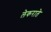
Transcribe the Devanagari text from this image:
लेकराते